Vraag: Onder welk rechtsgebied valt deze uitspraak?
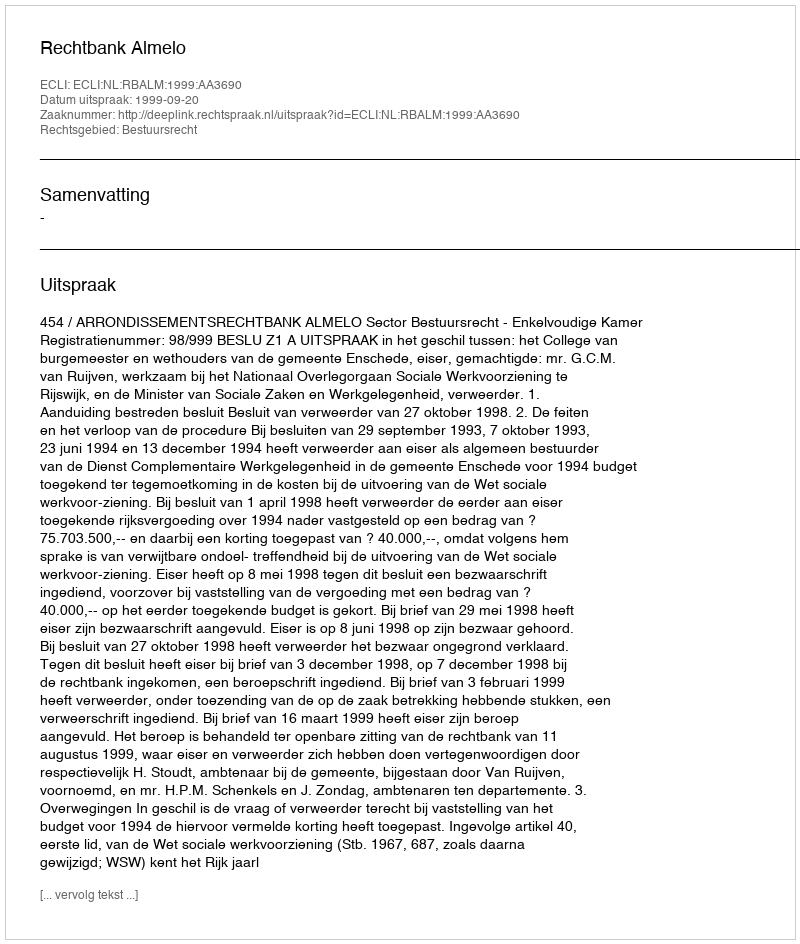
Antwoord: Bestuursrecht